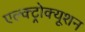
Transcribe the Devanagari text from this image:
एल्क्ट्रोक्यूशन